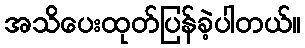
အသိပေးထုတ်ပြန်ခဲ့ပါတယ်။